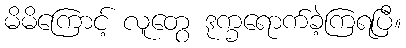
မိမိကြောင့် လူတွေ ဒုက္ခရောက်ခဲ့ကြရပြီ။